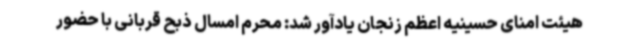
هیئت امنای حسینیه اعظم زنجان یادآور شد: محرم امسال ذبح قربانی با حضور